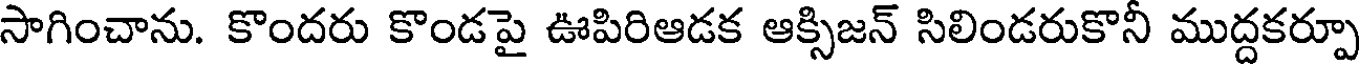
సాగించాను. కొందరు కొండపై ఊపిరిఆడక ఆక్సిజన్ సిలిండరుకొనీ ముద్దకర్పూ